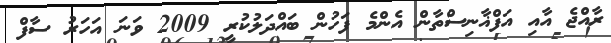
ރާއްޖެ އާއި އަފްޣާނިސްތާން އެންމެ ފަހުން ބައްދަލުކުރީ 2009 ވަނަ އަހަރު ސާފް